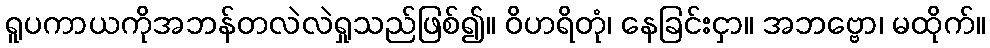
ရူပကာယကိုအဘန်တလဲလဲရှုသည်ဖြစ်၍။ ဝိဟရိတုံ၊ နေခြင်းငှာ။ အဘဗ္ဗော၊ မထိုက်။